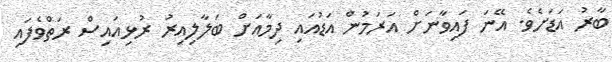
ބާރު އަޑަށެވެ. އޭނަ ފައިވާނަށް އަރަމުން އަޑުއައި ދިމާއަށް ބަލާލިއިރު ރުޅިއައިސް ރަތްވެފައި